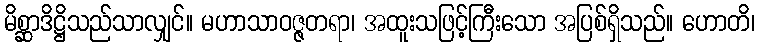
မိစ္ဆာဒိဋ္ဌိသည်သာလျှင်။ မဟာသာဝဇ္ဇတရာ၊ အထူးသဖြင့်ကြီးသော အပြစ်ရှိသည်။ ဟောတိ၊